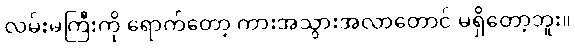
လမ်းမကြီးကို ရောက်တော့ ကားအသွားအလာတောင် မရှိတော့ဘူး။